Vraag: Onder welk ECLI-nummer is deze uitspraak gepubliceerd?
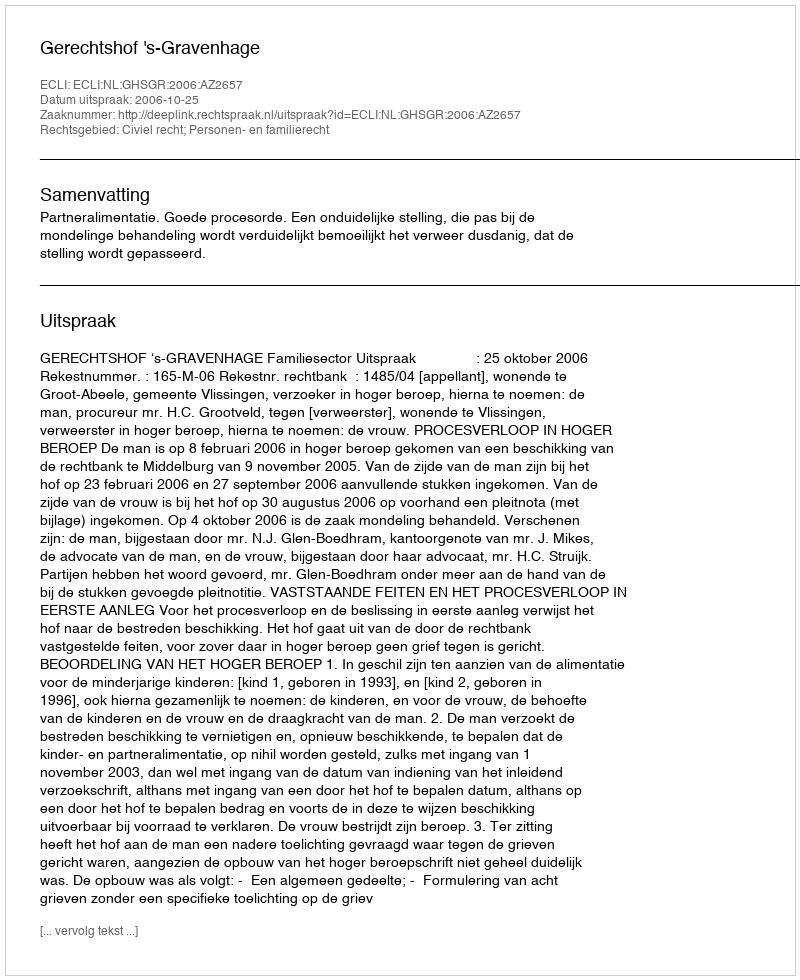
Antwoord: ECLI:NL:GHSGR:2006:AZ2657